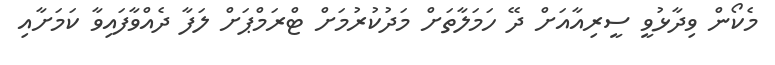
މެކޯން ވިދާޅުވީ ސީރިއާއަށް ދޭ ހަމަލާތަށް މަދުކުރުމަށް ޓްރަމްޕަށް ލަފާ ދެއްވާފައިވާ ކަމަށާއި